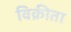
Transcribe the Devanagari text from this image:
विक्रीता